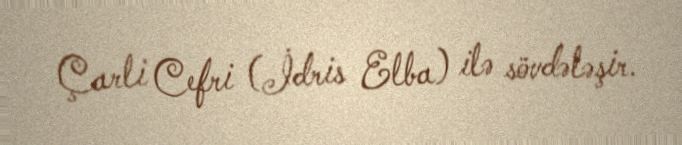
Çarli Cefri (İdris Elba) ilə sövdələşir.